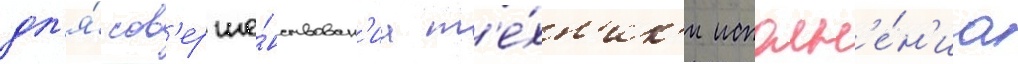
дл'я́ сов'ерше́нствован'иа т'е́хн'ик'и исполн'е́н'иа